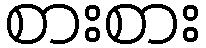
စားစား